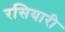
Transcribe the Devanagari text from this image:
रसियारी